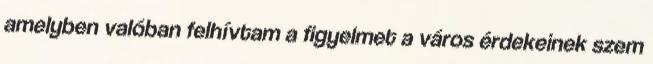
amelyben valóban felhívtam a figyelmet a város érdekeinek szem